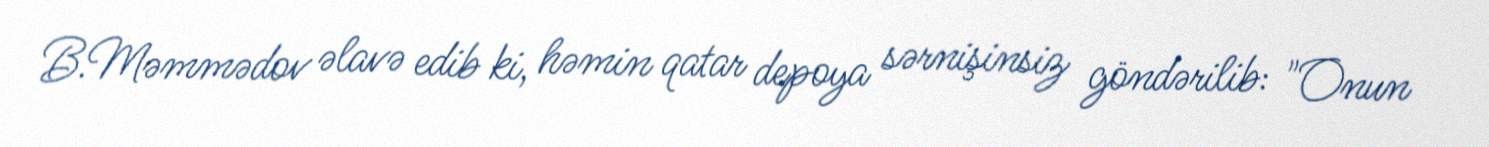
B.Məmmədov əlavə edib ki, həmin qatar depoya sərnişinsiz göndərilib: "Onun